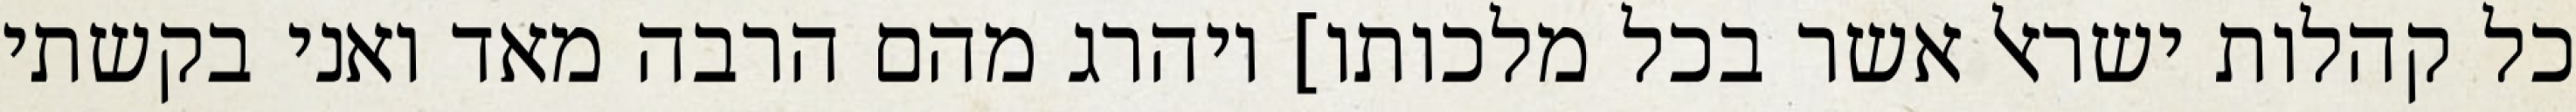
כל קהלות ישראל אשר בכל מלכותו] ויהרג מהם הרבה מאד ואני בקשתי